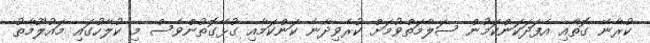
ކުރާނޭ ގޮތާއި އެފަދަކަންކަމުން ސަލާމަތްވުމަށް ކުރެވިދާނެ ކަންކަމާއި ގުޅޭގޮތުންވެސް މި ކުލާހުގައި މައުލޫމާތު